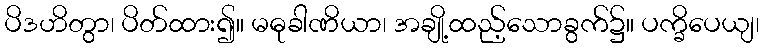
ပိဒဟိတွာ၊ ပိတ်ထား၍။ မဓုခါဏိယာ၊ အချို့ထည့်သောခွက်၌။ ပက္ခိပေယျ၊